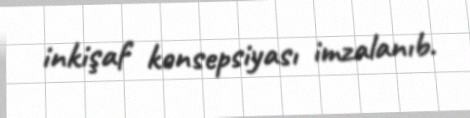
inkişaf konsepsiyası imzalanıb.